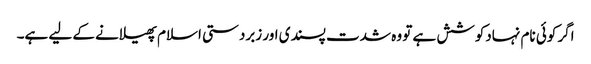
اگر کوئی نام نہادکوشش ہے تو وہ شدت پسندی اور زبردستی اسلام پھیلانے کے لیے ہے۔